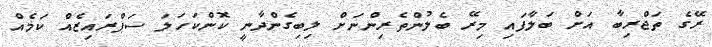
ރޭގެ ތަޖްރިބާ އަށް ބަލާފައި މިރޭ ބެލުންތެރިންނަށް ލިބިގެންދާނީ ކޮންކަހަލަ ސަޕްރައިޒެއް ކަމެއް